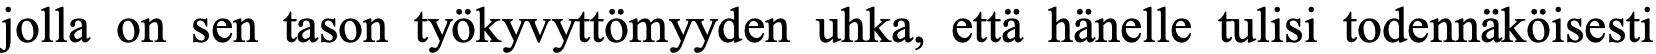
jolla on sen tason työkyvyttömyyden uhka, että hänelle tulisi todennäköisesti